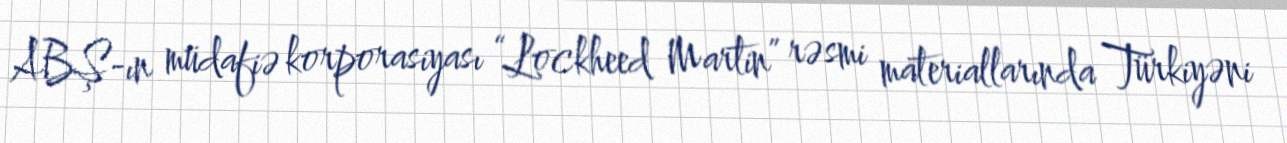
ABŞ-ın müdafiə korporasiyası “Lockheed Martin” rəsmi materiallarında Türkiyəni